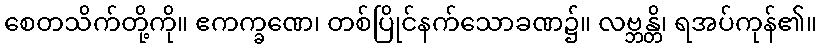
စေတသိက်တို့ကို။ ဧကက္ခဏေ၊ တစ်ပြိုင်နက်သောခဏ၌။ လဗ္ဘန္တိ၊ ရအပ်ကုန်၏။